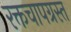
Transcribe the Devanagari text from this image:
रक्तचापग्रस्त